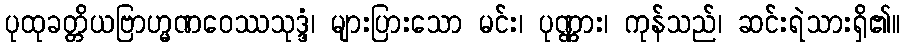
ပုထုခတ္တိယဗြာဟ္မဏဝေဿသုဒ္ဒံ၊ များပြားသော မင်း၊ ပုဏ္ဏား၊ ကုန်သည်၊ ဆင်းရဲသားရှိ၏။